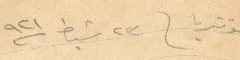
مونتريا في ٢٣ شباط ١٩٢١